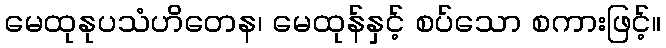
မေထုနုပသံဟိတေန၊ မေထုန်နှင့် စပ်သော စကားဖြင့်။